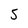
Character: 5